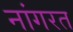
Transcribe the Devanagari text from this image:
नांगरत